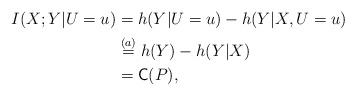
LaTeX: \begin{align*}I(X;Y|U=u) &= h(Y|U=u) - h(Y|X,U=u)\\&\stackrel{(a)}{=} h(Y) - h(Y|X) \\&= \textsf{C}(P),\end{align*}